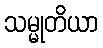
သမ္မုတိယာ